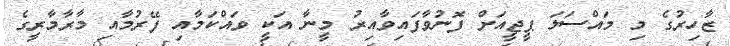
ޒާހިރުގެ މި މައްސަލަ ޕީޖީއަށް ފޮނުވާފައިވާއިރު މީނާ އަކީ ވައްކަމާއި ފޭރުމާއި މާރާމާރީގެ